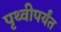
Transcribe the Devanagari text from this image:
पृथ्वीपर्यंत